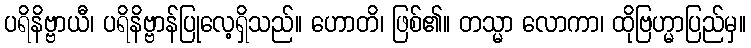
ပရိနိဗ္ဗာယီ၊ ပရိနိဗ္ဗာန်ပြုလေ့ရှိသည်။ ဟောတိ၊ ဖြစ်၏။ တသ္မာ လောကာ၊ ထိုဗြဟ္မာပြည်မှ။